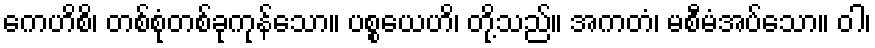
ကေဟိစိ၊ တစ်စုံတစ်ခုကုန်သော။ ပစ္စယေဟိ၊ တို့သည်။ အကတံ၊ မစီမံအပ်သော။ ဝါ၊